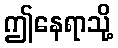
ဤနေရာသို့